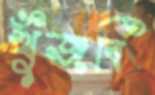
খুঁজবি